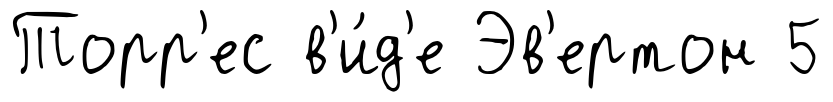
Торр'ес в'и́д'е Эв'ертон 5